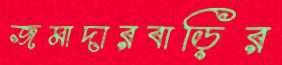
জমাদারবাড়ির